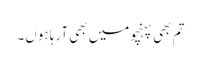
تم بھی پہنچومیں بھی آرہا ہوں۔